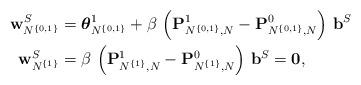
LaTeX: \begin{align*}\mathbf{w}_{N^{\{0, 1\}}}^S & = \boldsymbol{\theta}_{N^{\{0, 1\}}}^1 + \beta \, \left(\mathbf{P}_{N^{\{0, 1\}}, N}^1 - \mathbf{P}_{N^{\{0, 1\}}, N}^0\right) \, \mathbf{b}^S \\\mathbf{w}_{N^{\{1\}}}^S & = \beta \, \left(\mathbf{P}_{N^{\{1\}}, N}^1 - \mathbf{P}_{N^{\{1\}}, N}^0\right) \, \mathbf{b}^S = \mathbf{0},\end{align*}